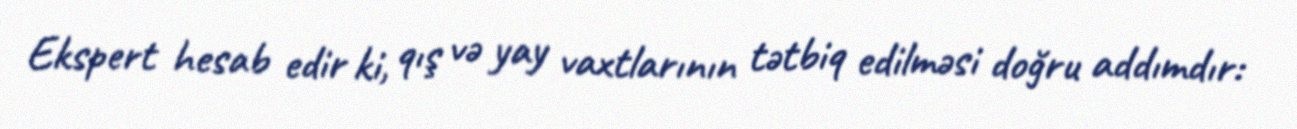
Ekspert hesab edir ki, qış və yay vaxtlarının tətbiq edilməsi doğru addımdır: